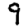
Digit: 9